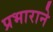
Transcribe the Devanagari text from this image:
प्रभाराने